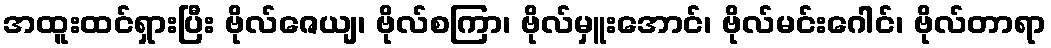
အထူးထင်ရှားပြီး ဗိုလ်ဇေယျ၊ ဗိုလ်စကြာ၊ ဗိုလ်မှူးအောင်၊ ဗိုလ်မင်းဂေါင်၊ ဗိုလ်တာရာ